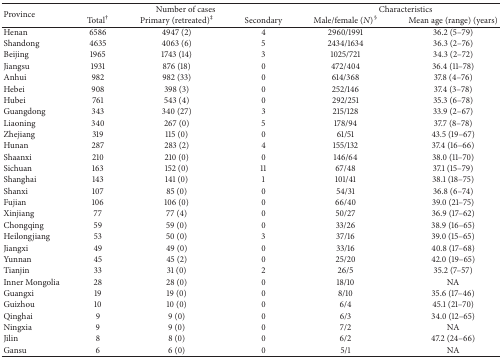
<table><thead><tr><td rowspan="2"><b>Province</b></td><td colspan="3"><b>Number of cases</b></td><td colspan="2"><b>Characteristics</b></td></tr><tr><td><b>Total<sup>†</sup></b></td><td><b>Primary (retreated)<sup>‡</sup></b></td><td><b>Secondary</b></td><td><b>Male/female (<i>N</i>)<sup>§</sup></b></td><td><b>Mean age (range) (years)</b></td></tr></thead><tbody><tr><td>Henan</td><td>6586</td><td>4947 (2)</td><td>4</td><td>2960/1991</td><td>36.2 (5–79)</td></tr><tr><td>Shandong</td><td>4635</td><td>4063 (6)</td><td>5</td><td>2434/1634</td><td>36.3 (2–76)</td></tr><tr><td>Beijing</td><td>1965</td><td>1743 (14)</td><td>3</td><td>1025/721</td><td>34.3 (2–72)</td></tr><tr><td>Jiangsu</td><td>1931</td><td>876 (18)</td><td>0</td><td>472/404</td><td>36.4 (11–78)</td></tr><tr><td>Anhui</td><td>982</td><td>982 (33)</td><td>0</td><td>614/368</td><td>37.8 (4–76)</td></tr><tr><td>Hebei</td><td>908</td><td>398 (3)</td><td>0</td><td>252/146</td><td>37.4 (3–78)</td></tr><tr><td>Hubei</td><td>761</td><td>543 (4)</td><td>0</td><td>292/251</td><td>35.3 (6–78)</td></tr><tr><td>Guangdong</td><td>343</td><td>340 (27)</td><td>3</td><td>215/128</td><td>33.9 (2–67)</td></tr><tr><td>Liaoning</td><td>340</td><td>267 (0)</td><td>5</td><td>178/94</td><td>37.7 (8–78)</td></tr><tr><td>Zhejiang</td><td>319</td><td>115 (0)</td><td>0</td><td>61/51</td><td>43.5 (19–67)</td></tr><tr><td>Hunan</td><td>287</td><td>283 (2)</td><td>4</td><td>155/132</td><td>37.4 (16–66)</td></tr><tr><td>Shaanxi</td><td>210</td><td>210 (0)</td><td>0</td><td>146/64</td><td>38.0 (11–70)</td></tr><tr><td>Sichuan</td><td>163</td><td>152 (0)</td><td>11</td><td>67/48</td><td>37.1 (15–79)</td></tr><tr><td>Shanghai</td><td>143</td><td>141 (0)</td><td>1</td><td>101/41</td><td>38.1 (18–75)</td></tr><tr><td>Shanxi</td><td>107</td><td>85 (0)</td><td>0</td><td>54/31</td><td>36.8 (6–74)</td></tr><tr><td>Fujian</td><td>106</td><td>106 (0)</td><td>0</td><td>66/40</td><td>39.0 (21–75)</td></tr><tr><td>Xinjiang</td><td>77</td><td>77 (4)</td><td>0</td><td>50/27</td><td>36.9 (17–62)</td></tr><tr><td>Chongqing</td><td>59</td><td>59 (0)</td><td>0</td><td>33/26</td><td>38.9 (16–65)</td></tr><tr><td>Heilongjiang</td><td>53</td><td>50 (0)</td><td>3</td><td>37/16</td><td>39.0 (15–65)</td></tr><tr><td>Jiangxi</td><td>49</td><td>49 (0)</td><td>0</td><td>33/16</td><td>40.8 (17–68)</td></tr><tr><td>Yunnan</td><td>45</td><td>45 (2)</td><td>0</td><td>25/20</td><td>42.0 (19–65)</td></tr><tr><td>Tianjin</td><td>33</td><td>31 (0)</td><td>2</td><td>26/5</td><td>35.2 (7–57)</td></tr><tr><td>Inner Mongolia</td><td>28</td><td>28 (0)</td><td>0</td><td>18/10</td><td>NA</td></tr><tr><td>Guangxi</td><td>19</td><td>19 (0)</td><td>0</td><td>8/10</td><td>35.6 (17–46)</td></tr><tr><td>Guizhou</td><td>10</td><td>10 (0)</td><td>0</td><td>6/4</td><td>45.1 (21–70)</td></tr><tr><td>Qinghai</td><td>9</td><td>9 (0)</td><td>0</td><td>6/3</td><td>34.0 (12–65)</td></tr><tr><td>Ningxia</td><td>9</td><td>9 (0)</td><td>0</td><td>7/2</td><td>NA</td></tr><tr><td>Jilin</td><td>8</td><td>8 (0)</td><td>0</td><td>6/2</td><td>47.2 (24–66)</td></tr><tr><td>Gansu</td><td>6</td><td>6 (0)</td><td>0</td><td>5/1</td><td>NA</td></tr></tbody></table>